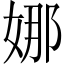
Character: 娜